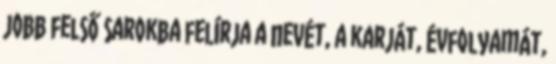
jobb felső sarokba felírja a nevét, a karját, évfolyamát,